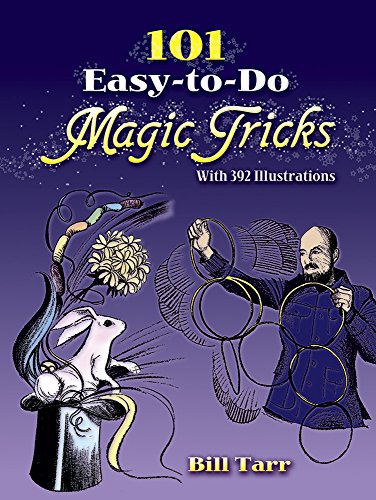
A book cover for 101 Easy-to-Do Magic Tricks (Dover Magic Books); Bill Tarr; Humor & Entertainment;